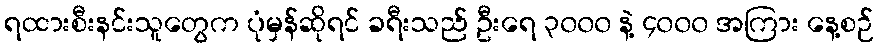
ရထားစီးနင်းသူတွေက ပုံမှန်ဆိုရင် ခရီးသည် ဦးရေ ၃၀၀၀ နဲ့ ၄၀၀၀ အကြား နေ့စဉ်